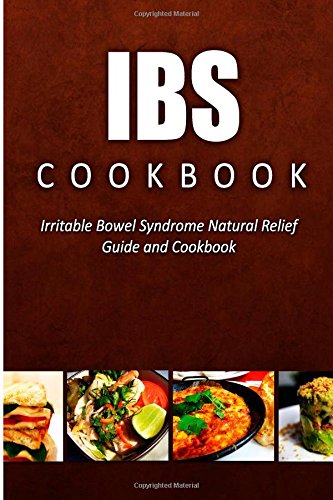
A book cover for IBS Cookbook: Irritable Bowel Syndrome Natural Relief Guide and Cookbook; Charles Seaton; Health, Fitness & Dieting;